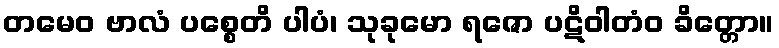
တမေဝ ဗာလံ ပစ္စေတိ ပါပံ၊ သုခုမော ရဇော ပဋိဝါတံဝ ခိတ္တော။